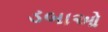
ડબાઓ